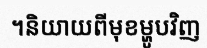
។និយាយពីមុខម្ហូបវិញ